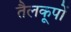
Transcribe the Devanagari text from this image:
तैलकूपों